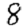
Digit: 8